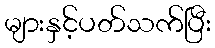
များနှင့်ပတ်သက်ပြီး